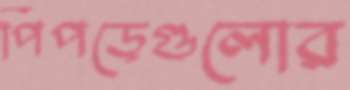
পিঁপড়েগুলোর